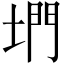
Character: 𡍜